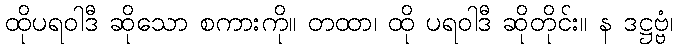
ထိုပရဝါဒီ ဆိုသော စကားကို။ တထာ၊ ထို ပရဝါဒီ ဆိုတိုင်း။ န ဒဋ္ဌဗ္ဗံ၊